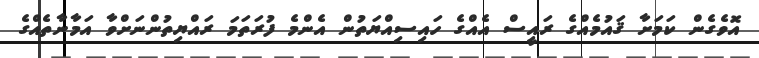
އޮވެގެން ކަމަށާ ޤައުމެއްގެ ރައީސް އެއްގެ ހައިސިއްޔަތުން އެންމެ ފުރަތަމަ ރައްޔިތުންނަށްވާ އަމާނާތެއްގެ